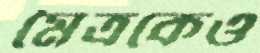
মৈত্রকেও